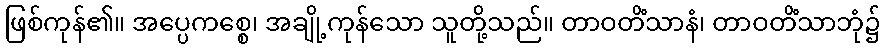
ဖြစ်ကုန်၏။ အပ္ပေကစ္စေ၊ အချို့ကုန်သော သူတို့သည်။ တာဝတိံသာနံ၊ တာဝတိံသာဘုံ၌